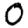
Digit: 0